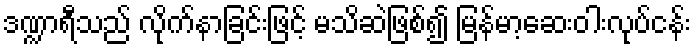
ဒဏ္ဍာရီသည် လိုက်နာခြင်းဖြင့် မသိဆဲဖြစ်၍ မြန်မာ့ဆေးဝါးလုပ်ငန်း